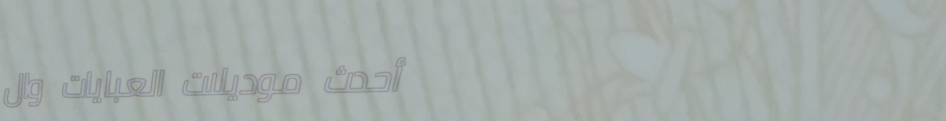
أحدث موديلات العبايات وال